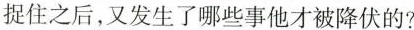
捉住之后，又发生了哪些事他才被降伏的？